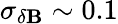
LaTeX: \sigma_{\delta\mathbf{B}}\sim0.1